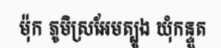
ម៉ុក ភូមិស្រអែមត្បូង ឃុំកន្ទួត